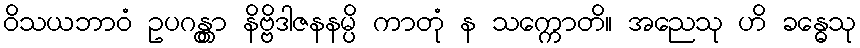
ဝိသယဘာဝံ ဥပဂန္တွာ နိဗ္ဗိဒါဇနနမ္ပိ ကာတုံ န သက္ကောတိ။ အညေသု ဟိ ခန္ဓေသု